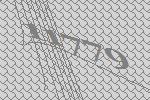
11779